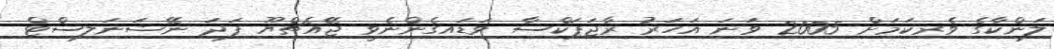
ލަންކާގެ ވެރިކަމަށް 2005 ވަނަ އަހަރު ރާޖަޕަކްސާ ވަޑައިގެންނެވީ ޖޭއެޗްޔޫ ފަދަ ނޭޝަނަލިސްޓް